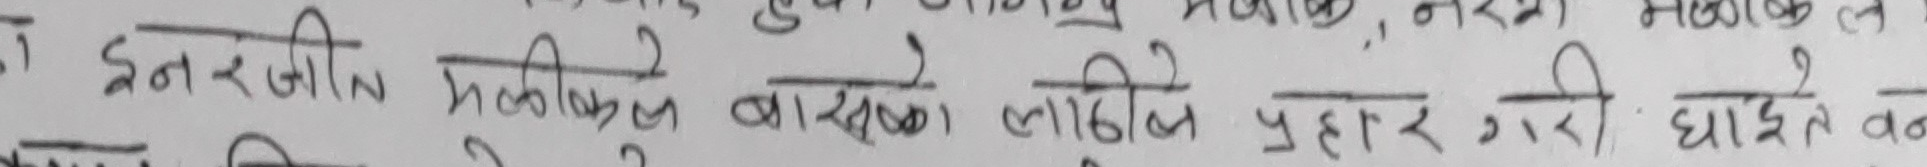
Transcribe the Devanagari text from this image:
इन्सरजिम मकीको बासको लागि प्रहार गरि घातेको